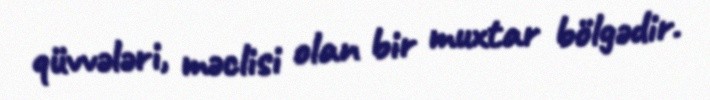
qüvvələri, məclisi olan bir muxtar bölgədir.